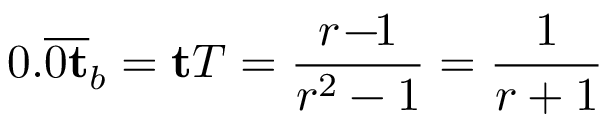
0 . { \overline { { 0 \mathbf { t } } } } _ { b } = \mathbf { t } T = { \frac { r \! - \! \! 1 } { r ^ { 2 } - 1 } } = { \frac { 1 } { r + 1 } }